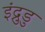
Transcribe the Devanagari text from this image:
इंद्रुडु